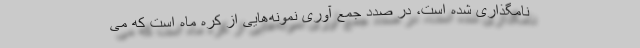
نامگذاری شده است، در صدد جمع آوری نمونه‌هایی از کره ماه است که می